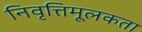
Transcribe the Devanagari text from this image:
निवृत्तिमूलकता